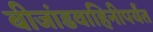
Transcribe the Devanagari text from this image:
बीजांडवाहिनीपर्यंत